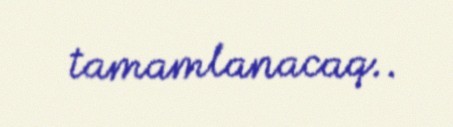
tamamlanacaq..